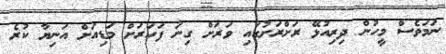
ނަމަވެސް މީހުން ދިރިއުޅޭ ރަށްރަށުގައި ވަރަށް ގިނަ ފަހަރަށް މަޑިއަށް އަނިޔާ ކުރެ